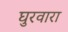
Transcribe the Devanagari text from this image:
घुरवारा